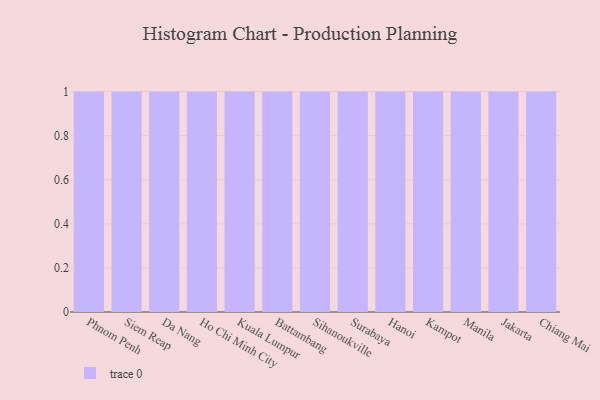
{"axis": {"x": "City", "y": "Humidity (%)"}, "legend": [""], "data": [{"x": "Phnom Penh", "y": 82, "type": ""}, {"x": "Siem Reap", "y": 41, "type": ""}, {"x": "Da Nang", "y": 51, "type": ""}, {"x": "Ho Chi Minh City", "y": 66, "type": ""}, {"x": "Kuala Lumpur", "y": 62, "type": ""}, {"x": "Battambang", "y": 21, "type": ""}, {"x": "Sihanoukville", "y": 88, "type": ""}, {"x": "Surabaya", "y": 23, "type": ""}, {"x": "Hanoi", "y": 28, "type": ""}, {"x": "Kampot", "y": 73, "type": ""}, {"x": "Manila", "y": 89, "type": ""}, {"x": "Jakarta", "y": 39, "type": ""}, {"x": "Chiang Mai", "y": 13, "type": ""}]}